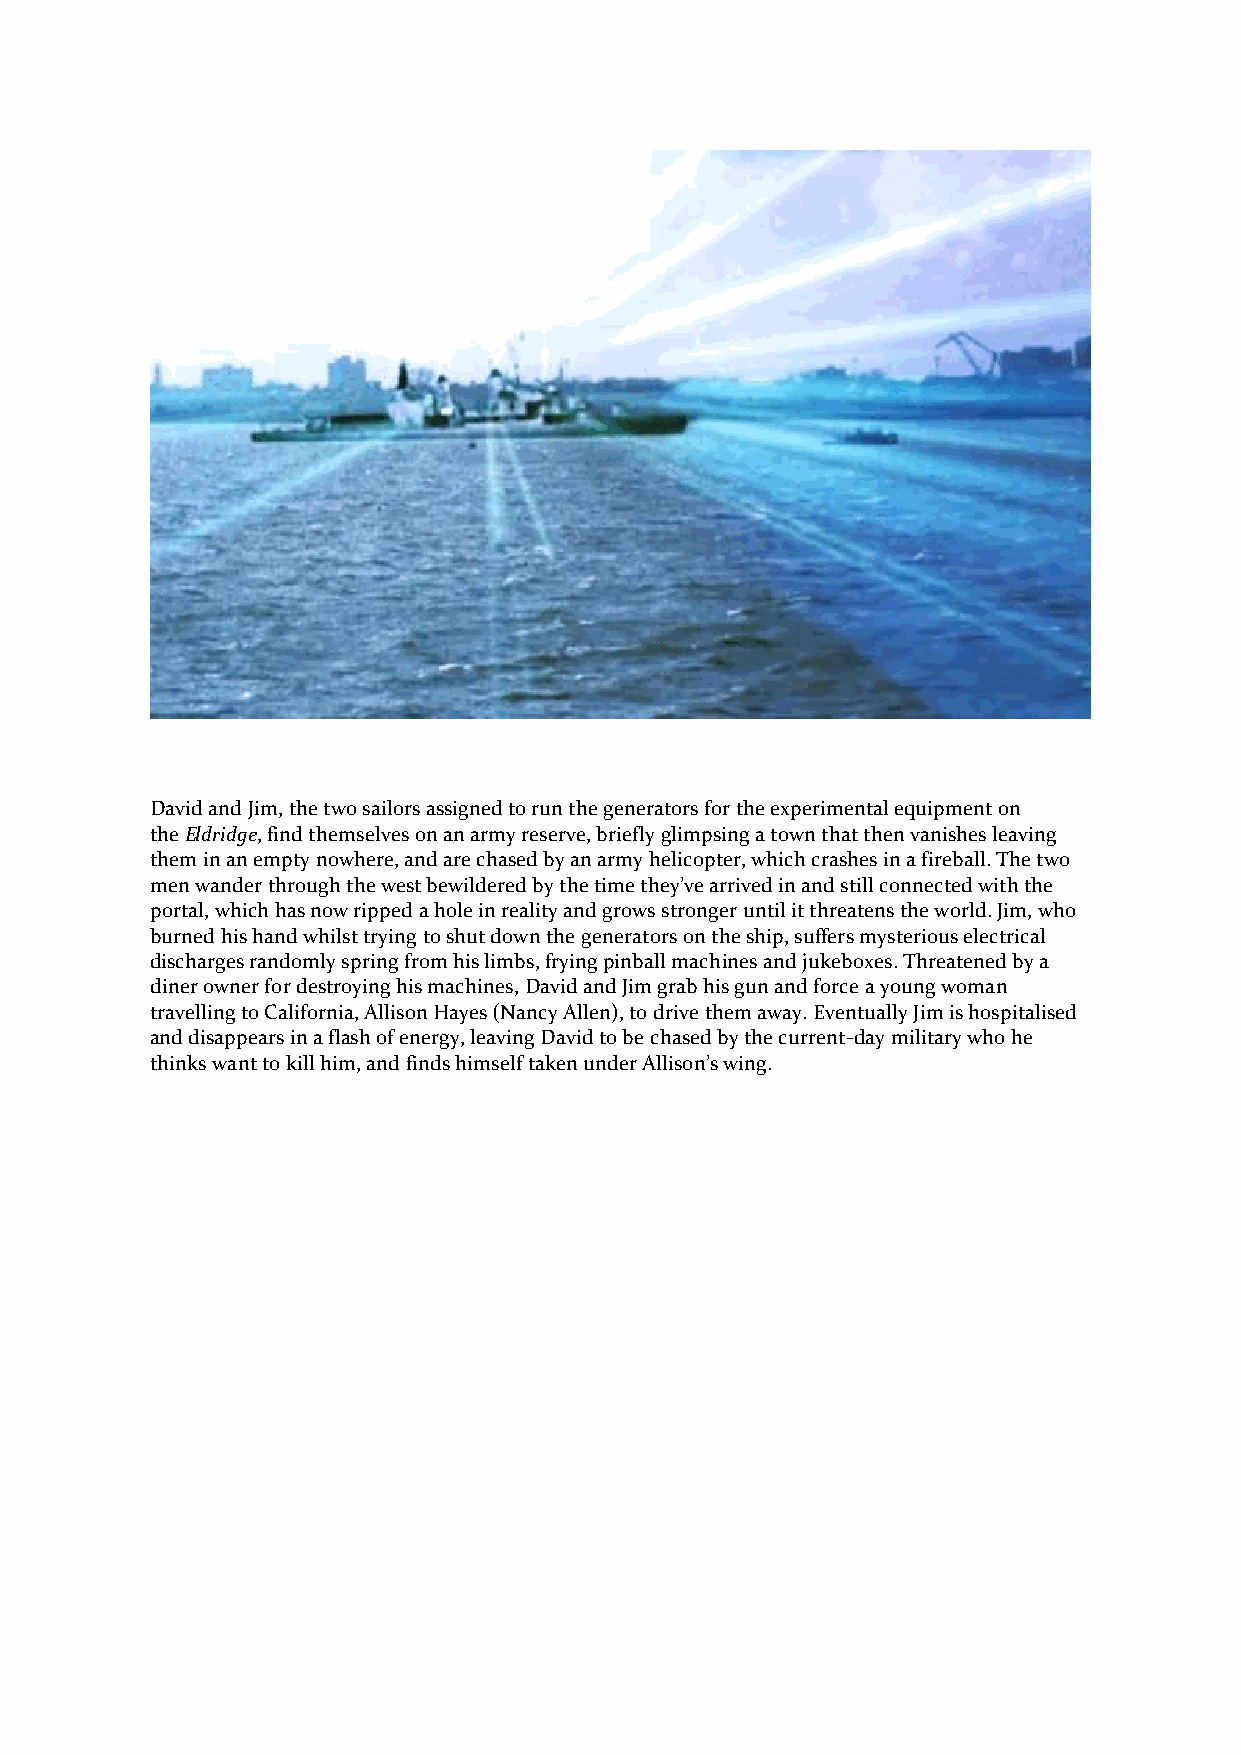
David and Jim, the two sailors assigned to run the generators for the experimental equipment on
 the Eldridge, find themselves on an army reserve, briefly glimpsing a town that then vanishes leaving
 them in an empty nowhere, and are chased by an army helicopter, which crashes in a fireball. The two
 men wander through the west bewildered by the time they’ve arrived in and still connected with the
 portal, which has now ripped a hole in reality and grows stronger until it threatens the world. Jim, who
 burned his hand whilst trying to shut down the generators on the ship, suffers mysterious electrical
 discharges randomly spring from his limbs, frying pinball machines and jukeboxes. Threatened by a
 diner owner for destroying his machines, David and Jim grab his gun and force a young woman
 travelling to California, Allison Hayes (Nancy Allen), to drive them away. Eventually Jim is hospitalised
 and disappears in a flash of energy, leaving David to be chased by the current-day military who he
 thinks want to kill him, and finds himself taken under Allison’s wing.